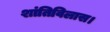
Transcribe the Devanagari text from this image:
शांतिविलास।